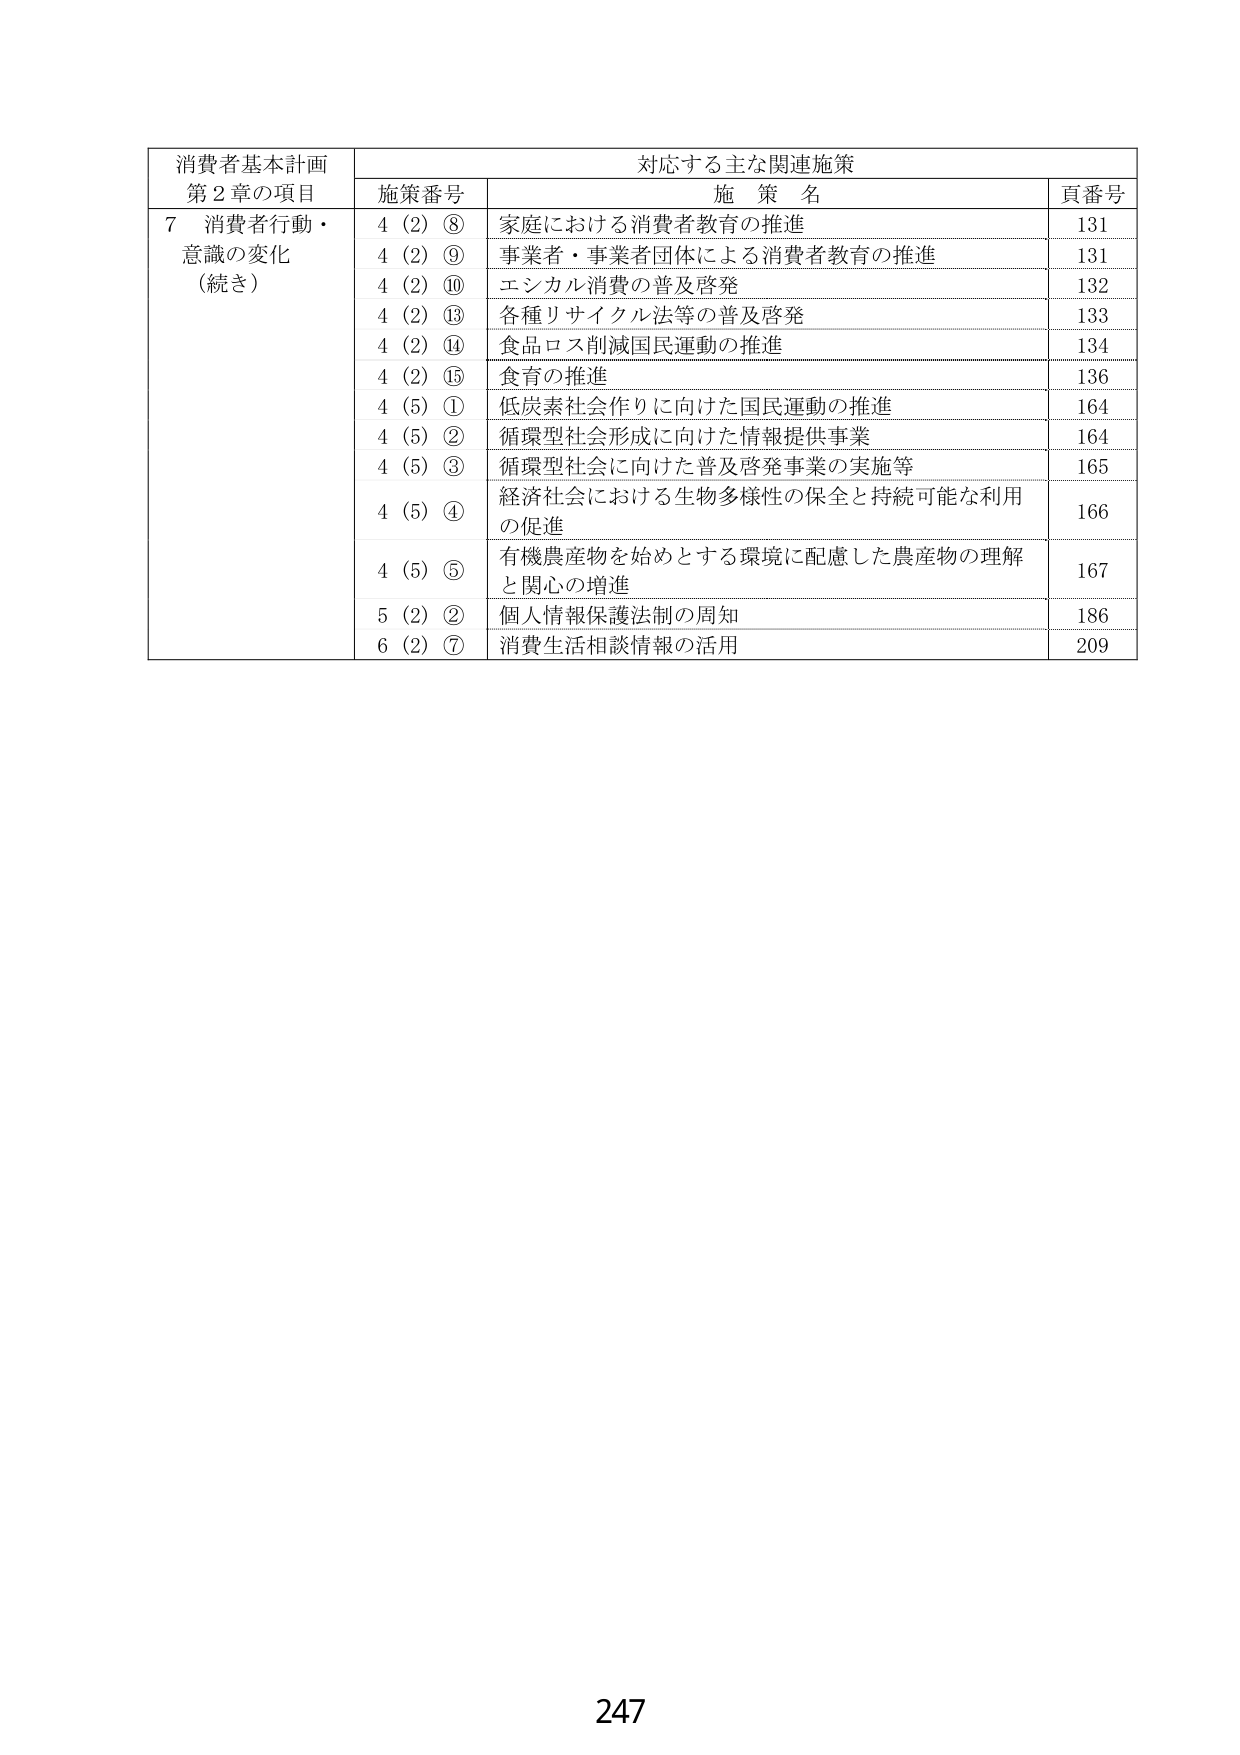
消費者基本計画
第２章の項目

対応する主な関連施策

施策番号　　施策名　　　　　　　　　　　　　　　　　　　　　　　　　　　　　　頁番号

７　消費者行動・
　　意識の変化
　　（続き）

4（2）⑧　家庭における消費者教育の推進　　　　　　　　　　　　　　　　　　131
4（2）⑨　事業者・事業者団体による消費者教育の推進　　　　　　　　　　　　131
4（2）⑩　エシカル消費の普及啓発　　　　　　　　　　　　　　　　　　　　　132
4（2）⑬　各種リサイクル法等の普及啓発　　　　　　　　　　　　　　　　　　133
4（2）⑭　食品ロス削減国民運動の推進　　　　　　　　　　　　　　　　　　　134
4（2）⑮　食育の推進　　　　　　　　　　　　　　　　　　　　　　　　　　　136
4（5）①　低炭素社会作りに向けた国民運動の推進　　　　　　　　　　　　　　164
4（5）②　循環型社会形成に向けた情報提供事業　　　　　　　　　　　　　　　164
4（5）③　循環型社会に向けた普及啓発事業の実施等　　　　　　　　　　　　165
4（5）④　経済社会における生物多様性の保全と持続可能な利用
　　　　　の促進　　　　　　　　　　　　　　　　　　　　　　　　　　　　　166
4（5）⑤　有機農産物を始めとする環境に配慮した農産物の理解
　　　　　と関心の増進　　　　　　　　　　　　　　　　　　　　　　　　　　167
5（2）②　個人情報保護法制の周知　　　　　　　　　　　　　　　　　　　　　186
6（2）⑦　消費生活相談情報の活用　　　　　　　　　　　　　　　　　　　　　209

247